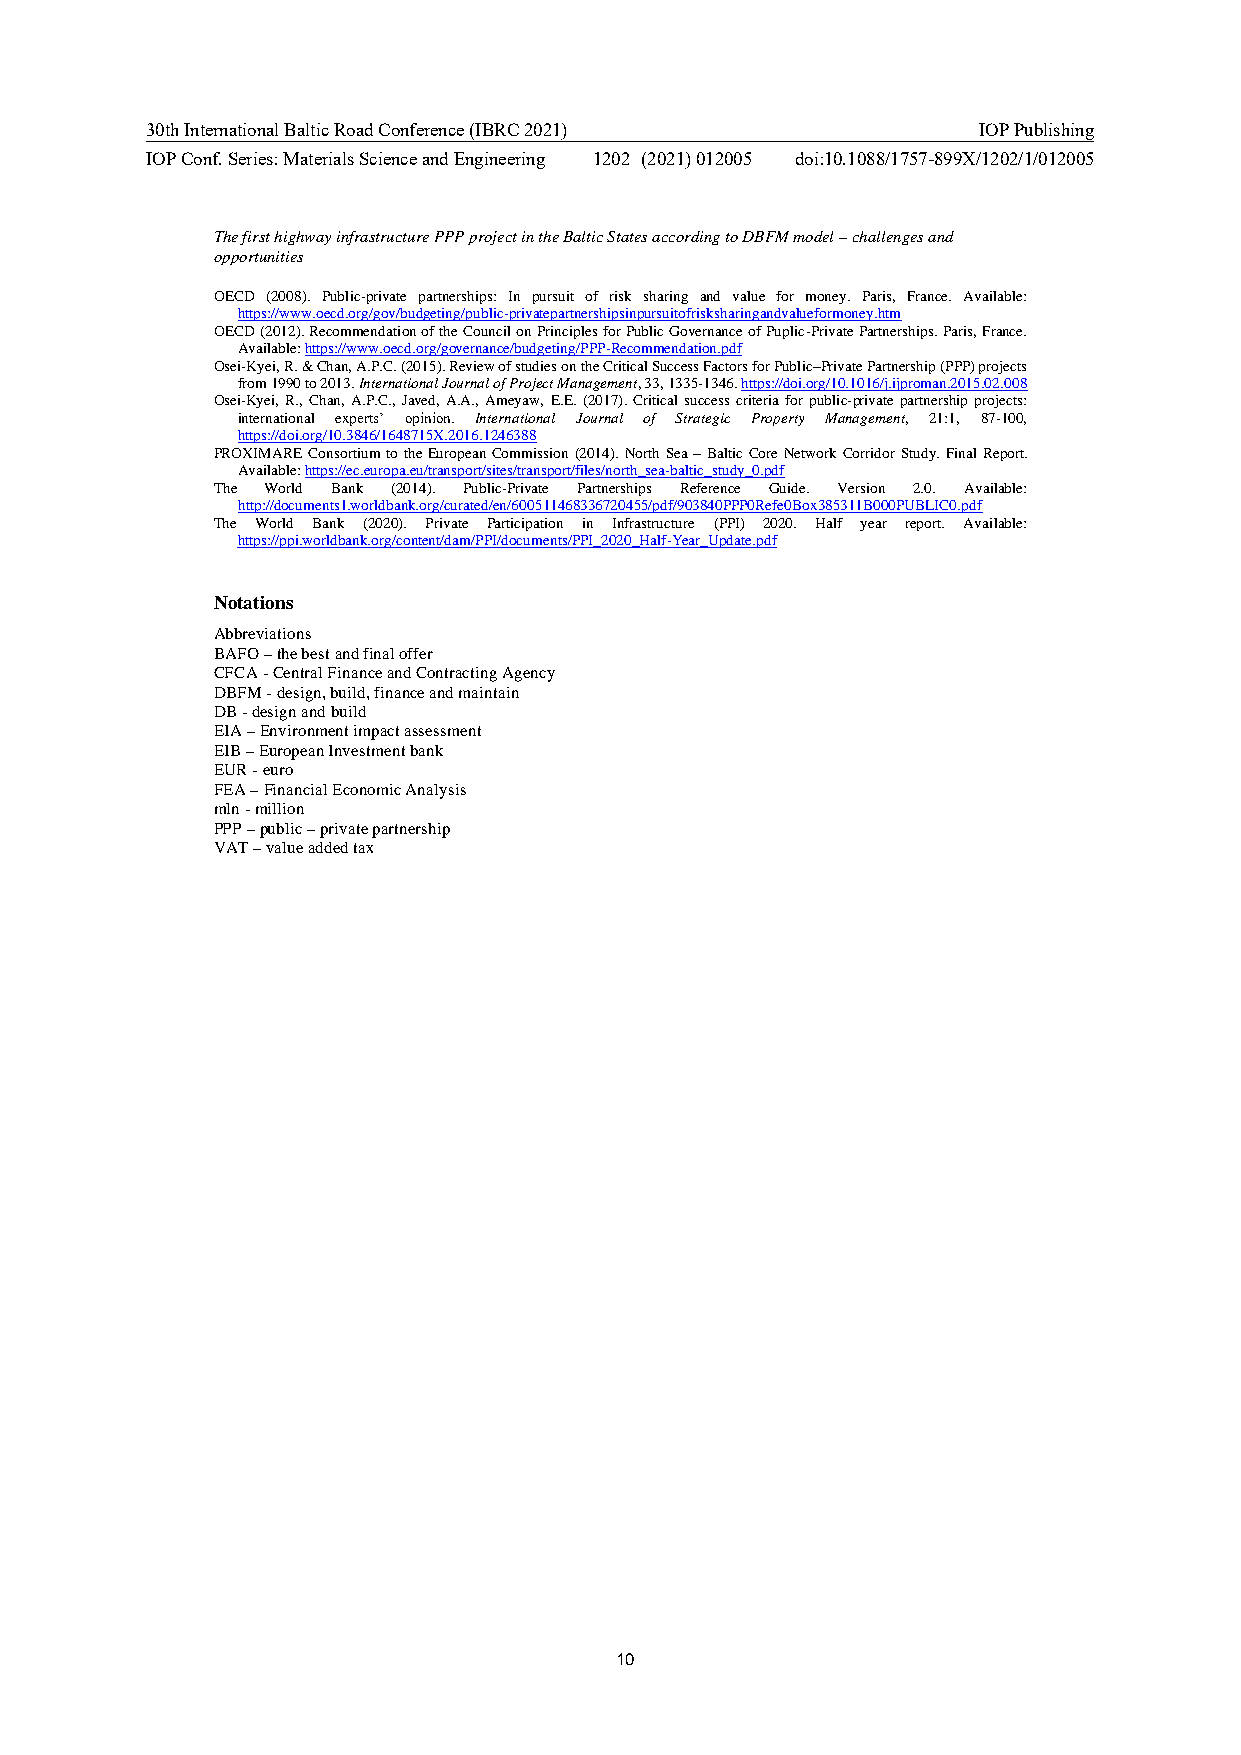
30th International Baltic Road Conference (IBRC 2021)  IOP Publishing
 IOP Conf. Series: Materials Science and Engineering 1202 (2021) 012005 doi:10.1088/1757-899X/1202/1/012005
 The first highway infrastructure PPP project in the Baltic States according to DBFM model – challenges and
 opportunities
 OECD (2008). Public-private partnerships: In pursuit of risk sharing and value for money. Paris, France. Available:
 https://www.oecd.org/gov/budgeting/public-privatepartnershipsinpursuitofrisksharingandvalueformoney.htm
 OECD (2012). Recommendation of the Council on Principles for Public Governance of Puplic-Private Partnerships. Paris, France.
 Available: https://www.oecd.org/governance/budgeting/PPP-Recommendation.pdf
 Osei-Kyei, R. & Chan, A.P.C. (2015). Review of studies on the Critical Success Factors for Public–Private Partnership (PPP) projects
 from 1990 to 2013. International Journal of Project Management, 33, 1335-1346. https://doi.org/10.1016/j.ijproman.2015.02.008
 Osei-Kyei, R., Chan, A.P.C., Javed, A.A., Ameyaw, E.E. (2017). Critical success criteria for public-private partnership projects:
 international experts’ opinion. International Journal of Strategic Property Management, 21:1, 87-100,
 https://doi.org/10.3846/1648715X.2016.1246388
 PROXIMARE Consortium to the European Commission (2014). North Sea – Baltic Core Network Corridor Study. Final Report.
 Available: https://ec.europa.eu/transport/sites/transport/files/north_sea-baltic_study_0.pdf
 The World Bank (2014). Public-Private Partnerships Reference Guide. Version 2.0. Available:
 http://documents1.worldbank.org/curated/en/600511468336720455/pdf/903840PPP0Refe0Box385311B000PUBLIC0.pdf
 The World Bank (2020). Private Participation in Infrastructure (PPI) 2020. Half year report. Available:
 https://ppi.worldbank.org/content/dam/PPI/documents/PPI_2020_Half-Year_Update.pdf
 Notations
 Abbreviations
 BAFO – the best and final offer
 CFCA - Central Finance and Contracting Agency
 DBFM - design, build, finance and maintain
 DB - design and build
 EIA – Environment impact assessment
 EIB – European Investment bank
 EUR - euro
 FEA – Financial Economic Analysis
 mln - million
 PPP – public – private partnership
 VAT – value added tax
 10